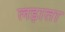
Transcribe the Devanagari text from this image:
लड़ाता